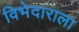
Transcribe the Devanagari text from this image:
विभेदाराला